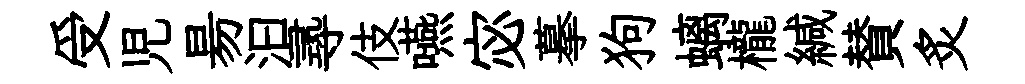
受児昜汩𡬶伎嚥宓摹狗螭櫳緘賛炙